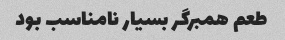
طعم همبرگر بسیار نامناسب بود